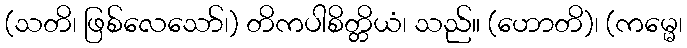
(သတိ၊ ဖြစ်လေသော်၊) တိကပါစိတ္တိယံ၊ သည်။ (ဟောတိ)၊ (ကမ္မေ၊